Leningradi_Edasi_toimetus, lk 110
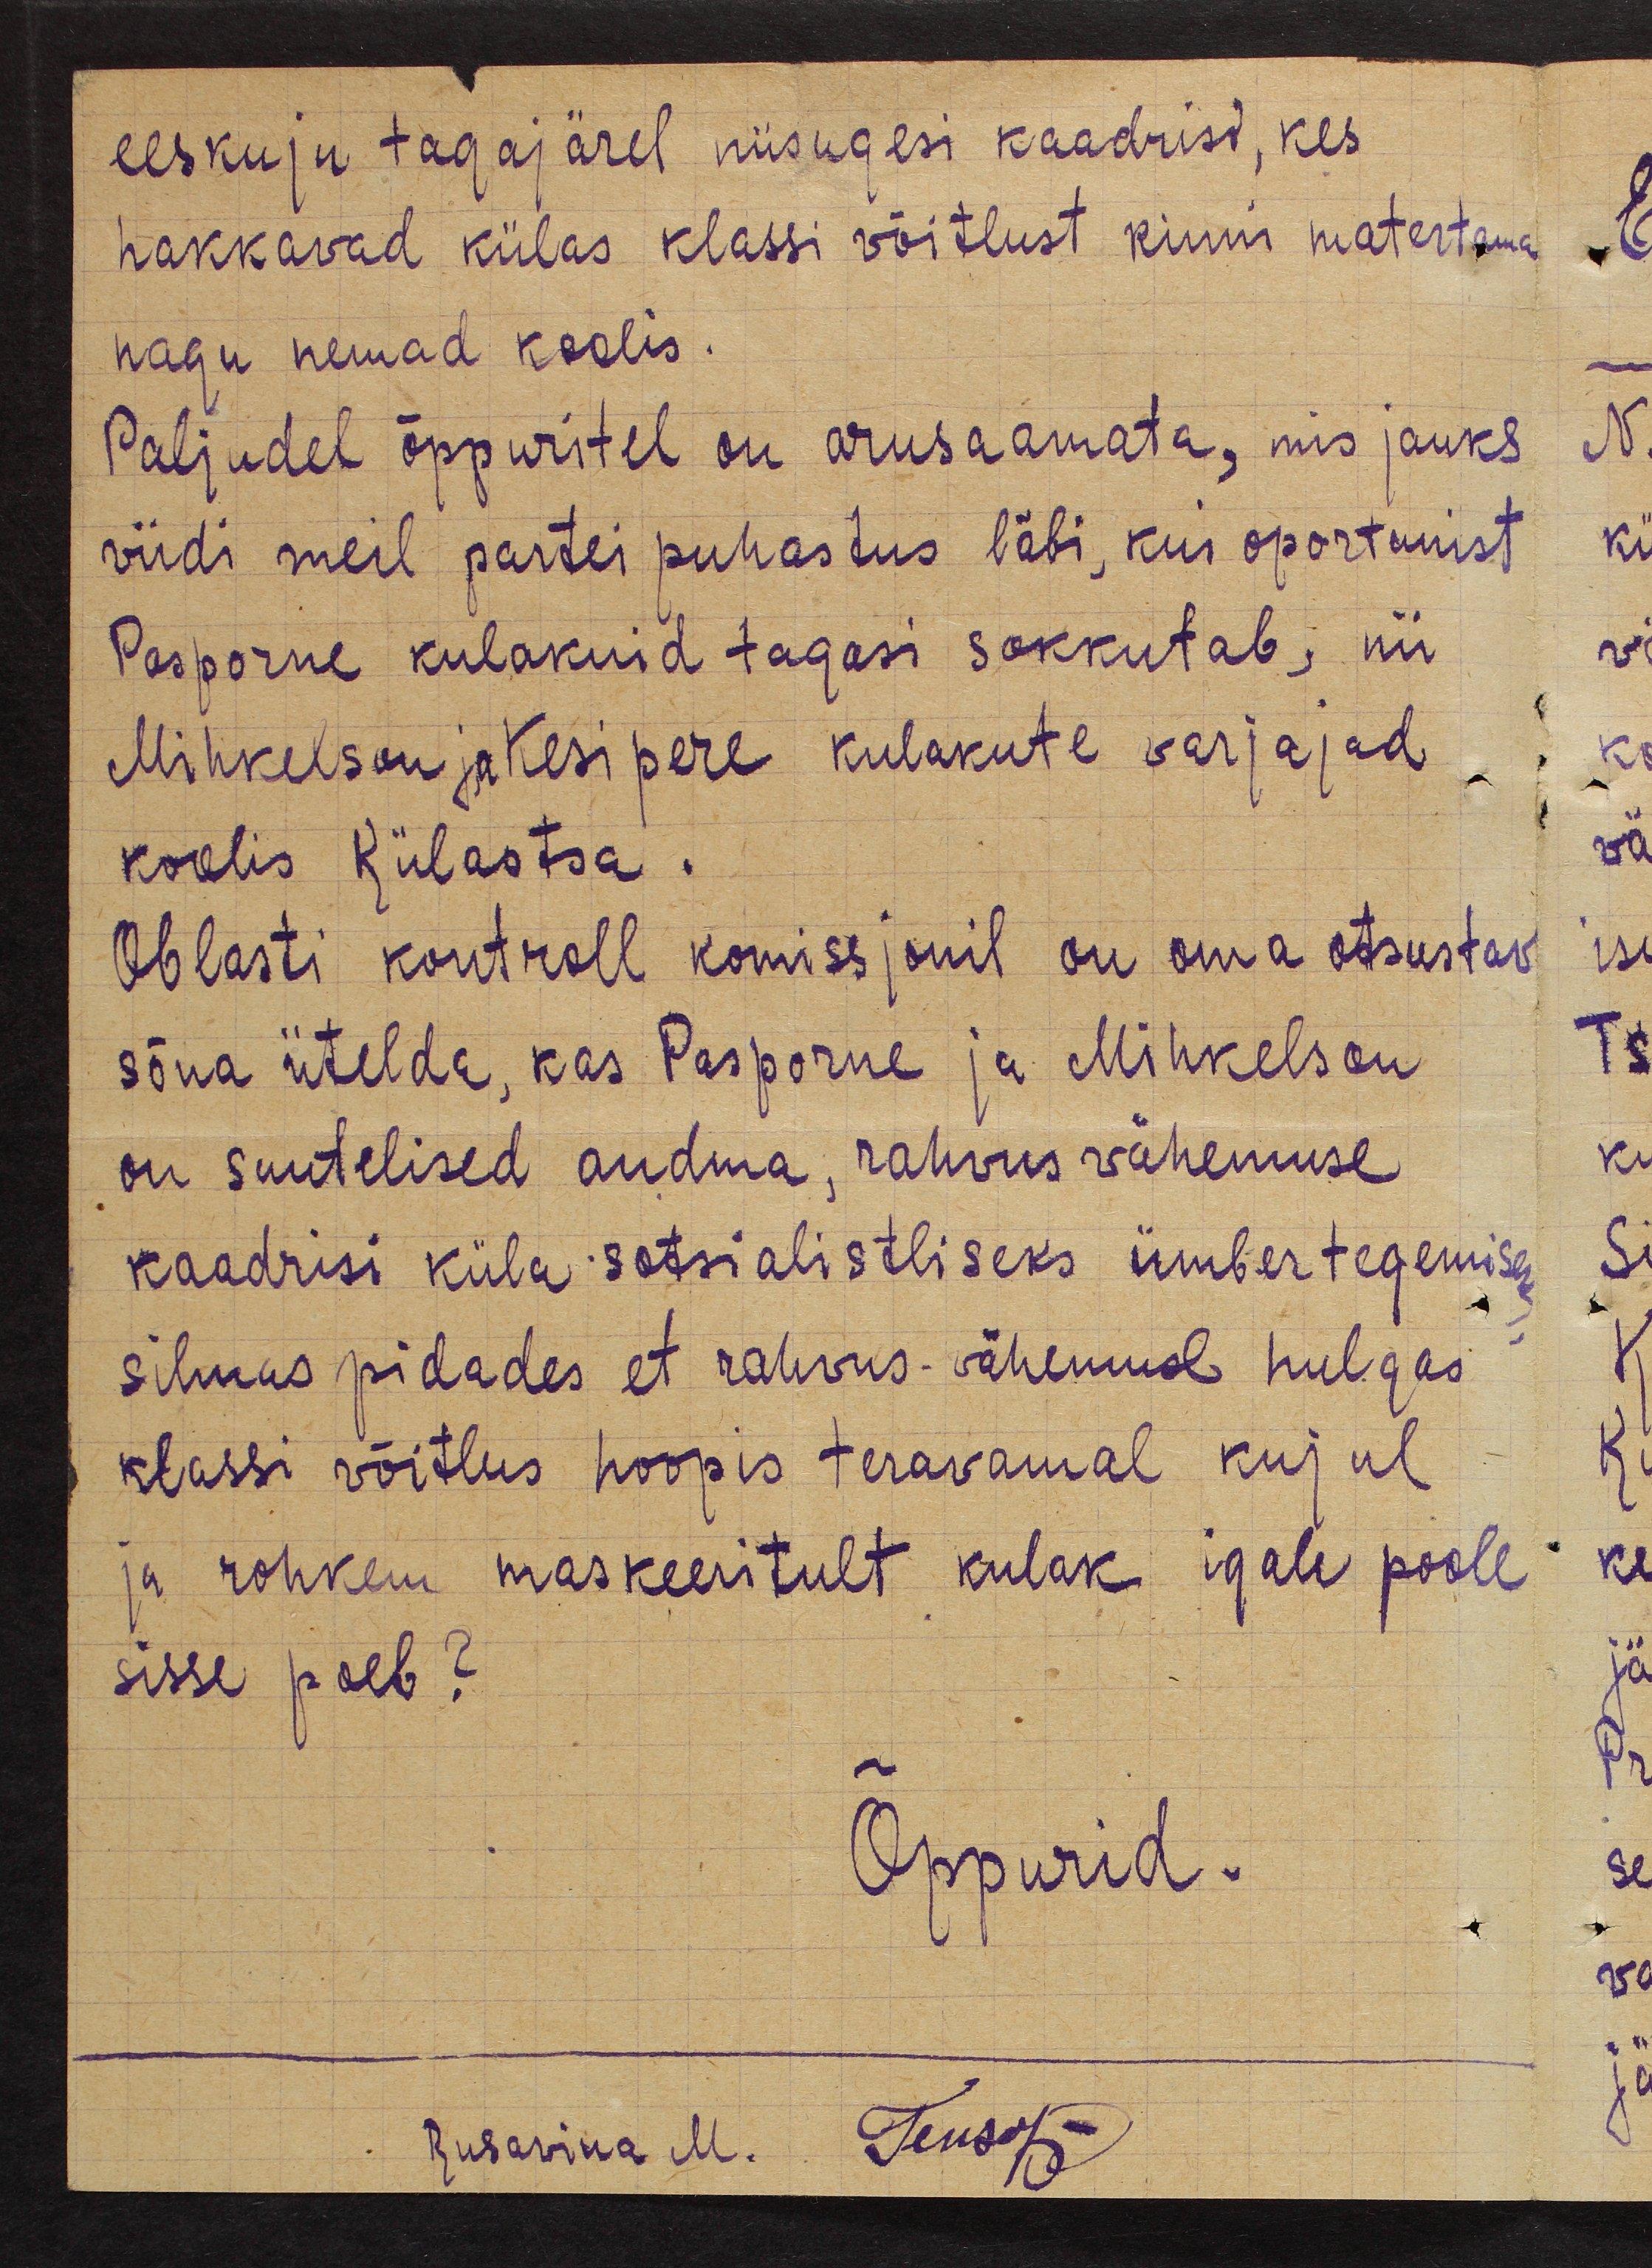
eeskuju tagajärel niisugesi kaadrisi, kes
hakkavad külas klassi võitlust kinni matertama
nagu nemad koolis.
Paljudel õppuritel on arusaamata, mis jauks
viidi meil partei puhastus läbi, kus oportunist
Pasporne kulakuid tagasi sokkutab, nii
Mihkelson ja Kesipere kulakute varjajad
koolis  Külaotsa.
Oblasti kontroll komissjonil on oma otsustav
sõna ütelda, kas Pasporne ja Mihkelson
on suutelised andma, rahvus vähemuse
kaadrisi küla sotsialistliseks ümbertegemiseks
silmas pidades et rahvus - vähemuse hulgas
klassi võitlus hoopis teravamal kujul
ja rohkem maskeeritult kulak igale poole
sisse poeb?
Õppurid.
Rusavina M. Tensof